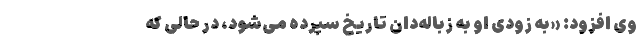
وی افزود: «به زودی او به زباله‌دان تاریخ سپرده می‌شود، در حالی که